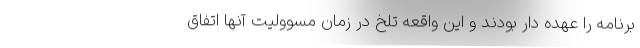
برنامه را عهده دار بودند و این واقعه تلخ در زمان مسوولیت آنها اتفاق